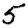
Digit: 5